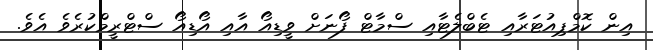
އިން ކޮމްޕިއުޓަރާއި ޓެބްލެޓާއި ސްމާޓް ފޯނަށް ވީޑިއޯ އާއި އޯޑިއޯ ސްޓްރީމްކުރެވެ އެވެ.